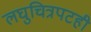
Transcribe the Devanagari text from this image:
लघुचित्रपटही